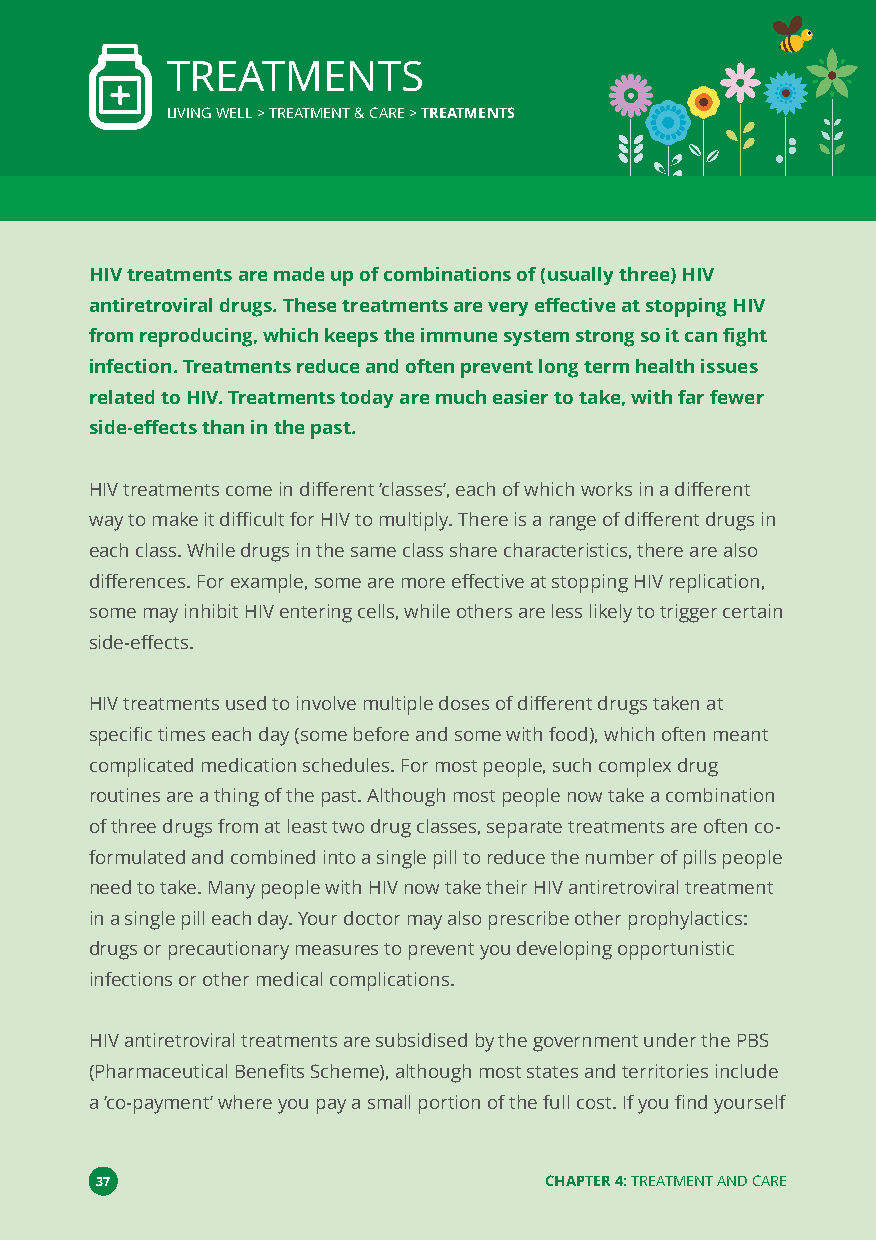
TREATMENTS
 LIVING WELL > TREATMENT & CARE >TREATMENTS
 HIV treatments are made up of combinations of (usually three) HIV
 antiretroviral drugs. These treatments are very effective at stopping HIV
 from reproducing, which keeps the immune system strong so it can fight
 infection. Treatments reduce and often prevent long term health issues
 related to HIV. Treatments today are much easier to take, with far fewer
 side-effects than in the past.
 HIV treatments come in different‘classes’, each of which works in a different
 way to make it difficult for HIV to multiply. There is a range of different drugs in
 each class. While drugs in the same class share characteristics, there are also
 differences. For example, some are more effective at stopping HIV replication,
 some may inhibit HIV entering cells, while others are less likely to trigger certain
 side-effects.
 HIV treatments used to involve multiple doses of different drugs taken at
 specific times each day (some before and some with food), which often meant
 complicated medication schedules. For most people, such complex drug
 routines are a thing of the past. Although most people now take a combination
 of three drugs from at least two drug classes, separate treatments are often co-
 formulated and combined into a single pill to reduce the number of pills people
 need to take. Many people with HIV now take their HIV antiretroviral treatment
 in a single pill each day. Your doctor may also prescribe other prophylactics:
 drugs or precautionary measures to prevent you developing opportunistic
 infections or other medical complications.
 HIV antiretroviral treatments are subsidised by the government under the PBS
 (Pharmaceutical Benefits Scheme), although most states and territories include
 a‘co-payment’where you pay a small portion of the full cost. If you find yourself
 37                            CHAPTER 4:TREATMENT AND CARE